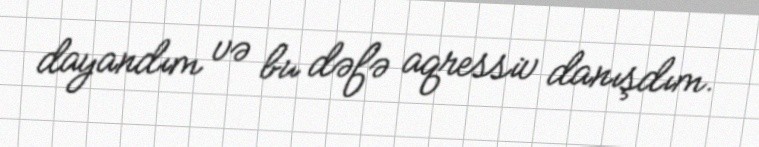
dayandım və bu dəfə aqressiv danışdım.